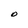
Character: O